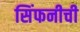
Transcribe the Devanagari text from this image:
सिंफनीची